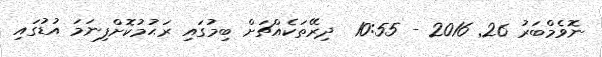
ނޮވެމްބަރު 26